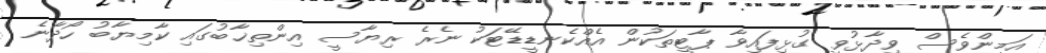
އަމީންވެސް ވިދާޅުވީ ގުޅިފައިވާ ޕާޓީތަކުން އެއްކެނޑީޑޭޓަކު ނެރެ ރިޔާސީ އިންތިޚާބުގައި ކާމިޔާބު ހޯދާނެ